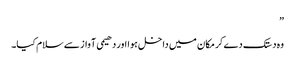
”
وہ دستک دے کر مکان میں داخل ہوا اور دھیمی آواز سے سلام کیا۔